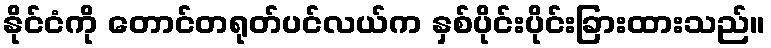
နိုင်ငံကို တောင်တရုတ်ပင်လယ်က နှစ်ပိုင်းပိုင်းခြားထားသည်။